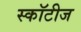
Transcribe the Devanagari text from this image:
स्कॉटीज